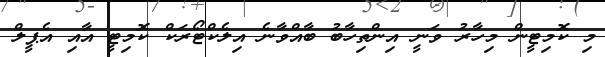
މި ކޮމިޓީން މިހާރު ވަނީ އިންތިހާބު ބާއްވާނެ އިލެކްޓޯރަކް ކޮމިޓީ އާއި އެޕީލް